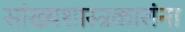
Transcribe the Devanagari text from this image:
सांख्यशास्त्रकारांना